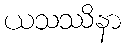
ယသဿိနာ